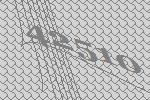
42510